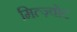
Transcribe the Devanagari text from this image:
मित्ज़्वोट